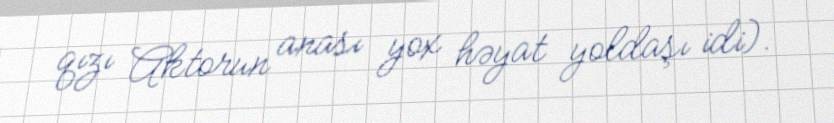
qızı Aktorun anası yox həyat yoldaşı idi).